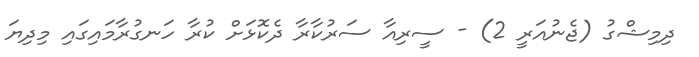
ދިމިޝްގު (ޖެނުއަރީ 2) - ސީރިއާ ސަރުކާރާ ދެކޮޅަށް ކުރާ ހަނގުރާމައިގައި މިދިޔަ